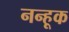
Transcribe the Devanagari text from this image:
नन्हूक